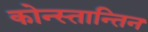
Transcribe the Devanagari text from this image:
कोन्स्तान्तिन